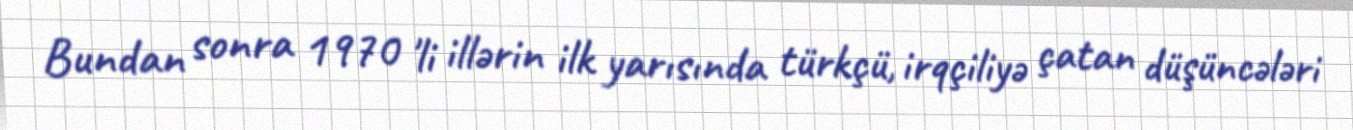
Bundan sonra 1970 'li illərin ilk yarısında türkçü, irqçiliyə çatan düşüncələri